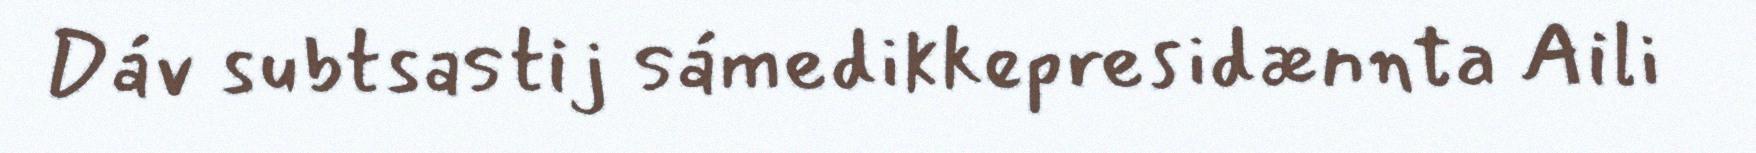
Dáv subtsastij sámedikkepresidænnta Aili